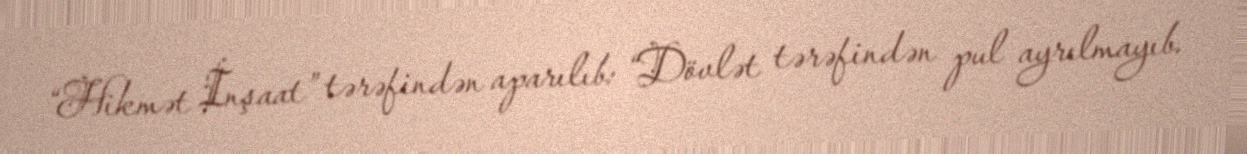
“Hikmət İnşaat” tərəfindən aparılıb: “Dövlət tərəfindən pul ayrılmayıb.